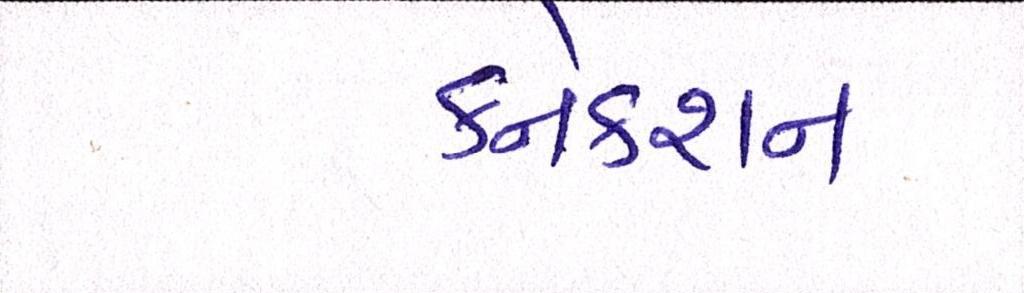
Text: કનેકશન